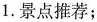
1. 景点推荐；